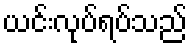
ယင်းလုပ်ရပ်သည်